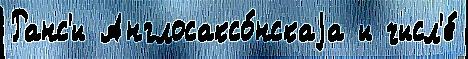
Ранс'и Англосаксо́нскаjа и числ'е́